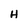
Character: H